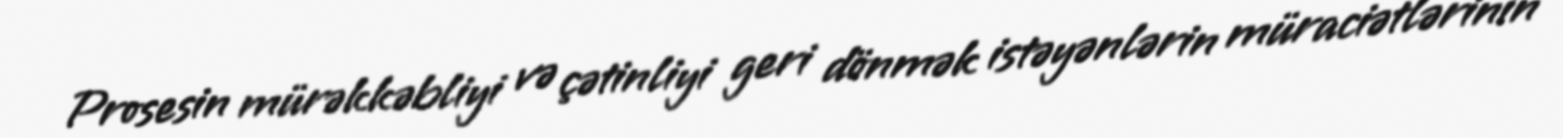
Prosesin mürəkkəbliyi və çətinliyi geri dönmək istəyənlərin müraciətlərinin